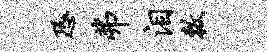
恐弗泪敕